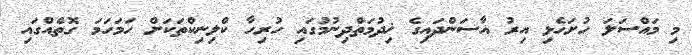
މި މައްސަލަ ހުށަހެޅި އިރު އާސަންދައިގެ ޚިދުމަތްދިނުމުގައި ހުރިހާ ކްލިނިކްތަކަށް ހަމަހަމަ ގޮތެއްގައި